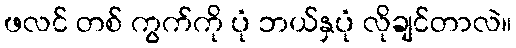
ဖလင် တစ် ကွက်ကို ပုံ ဘယ်နှပုံ လိုချင်တာလဲ။